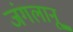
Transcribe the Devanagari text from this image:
जंगलानू